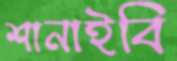
শানাইবি